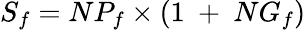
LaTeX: S_{f}=NP_{f}\times\left(1\ +\ NG_{f}\right)